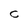
Character: C